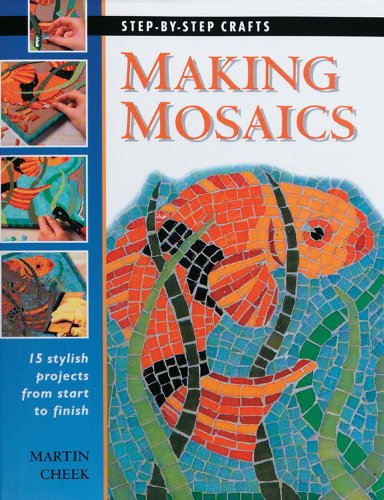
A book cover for Making Mosaics: 15 Stylish Projects from Start to Finish (Step-by-Step Crafts); Martin Cheek; Crafts, Hobbies & Home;